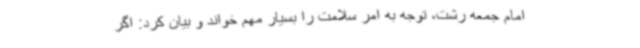
امام جمعه رشت، توجه به امر سلامت را بسیار مهم خواند و بیان کرد: اگر